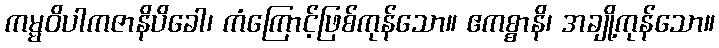
ကမ္မဝိပါကဇာနိပိခေါ၊ ကံကြောင့်ဖြစ်ကုန်သော။ ဧကစ္စာနိ၊ အချို့ကုန်သော။